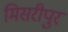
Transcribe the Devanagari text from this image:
मिसरीपुर